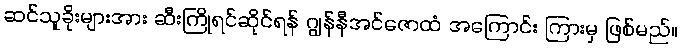
ဆင်သူခိုးများအား ဆီးကြိုရင်ဆိုင်ရန် ဂျွန်နီအင်ဇောထံ အကြောင်း ကြားမှ ဖြစ်မည်။